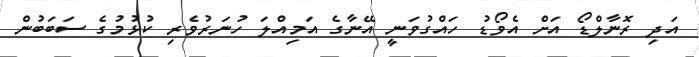
އަދި ރޮނާލްޑޯ އަށް އެވޯޑު ހައްގުވަނީ އޭނާގެ އަމިއްލަ ހުނަރުވެރި ކުޅުމުގެ ސަބަބުން